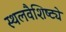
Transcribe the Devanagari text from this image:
स्थलवैशिष्ट्ये